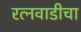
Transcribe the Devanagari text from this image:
रत्नवाडीचा